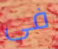
فى